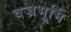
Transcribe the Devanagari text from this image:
वज्रभूमि